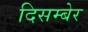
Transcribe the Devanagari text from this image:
दिसम्बेर